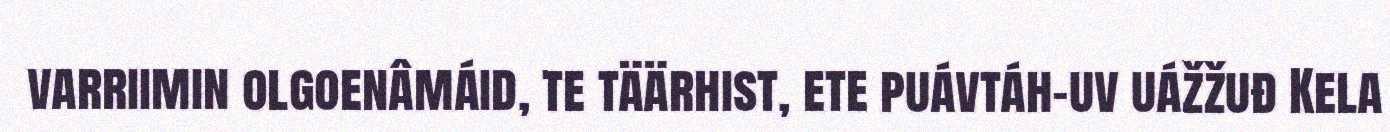
varriimin olgoenâmáid, te täärhist, ete puávtáh-uv uážžuđ Kela